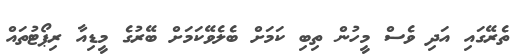
ތެރޭގައި އަދި ވެސް މީހުން ތިބި ކަމަށް ބެލެވޭކަމަށް ބޭރުގެ މީޑިއާ ރިޕޯޓުތައް